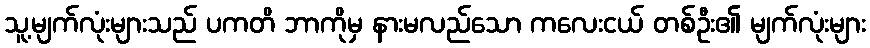
သူ့မျက်လုံးများသည် ပကတိ ဘာကိုမှ နားမလည်သော ကလေးငယ် တစ်ဦး၏ မျက်လုံးများ